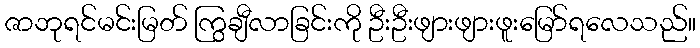
ဇာဘုရင်မင်းမြတ် ကြွချီလာခြင်းကို ဦးဦးဖျားဖျားဖူးမြော်ရလေသည်။